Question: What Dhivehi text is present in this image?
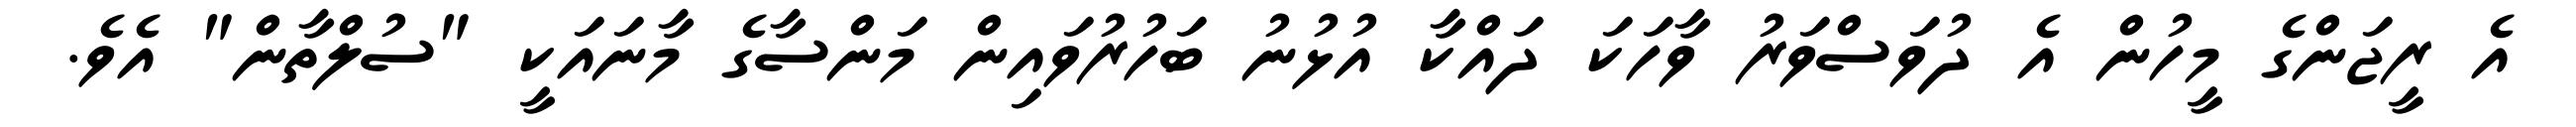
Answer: އެ ރީޖަންގެ މީހުން އެ ދުވަސްވަރު ވާހަކަ ދައްކާ އުޅުނު ބަހުރުވައިން މަންސާގެ މާނައަކީ "ސުލްތާން" އެވެ.